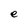
Character: e